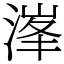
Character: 溄